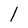
Character: I